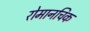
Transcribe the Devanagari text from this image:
रोमानचिक